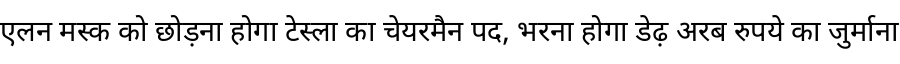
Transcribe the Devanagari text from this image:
एलन मस्क को छोड़ना होगा टेस्ला का चेयरमैन पद, भरना होगा डेढ़ अरब रुपये का जुर्माना